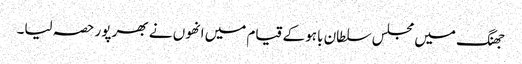
جھنگ میں مجلس سلطان باہو کے قیام میں انھوں نے بھر پور حصہ لیا۔